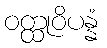
ဝတ္ထုဝိပန္နံ